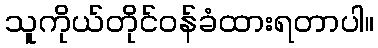
သူကိုယ်တိုင်ဝန်ခံထားရတာပါ။